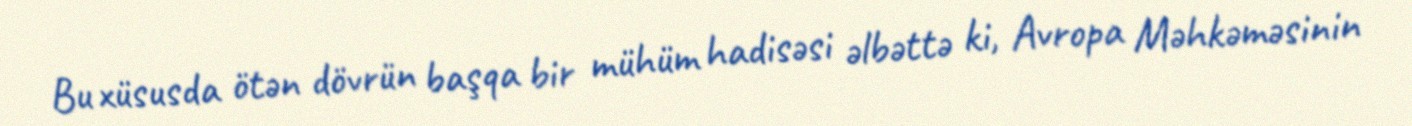
Bu xüsusda ötən dövrün başqa bir mühüm hadisəsi əlbəttə ki, Avropa Məhkəməsinin